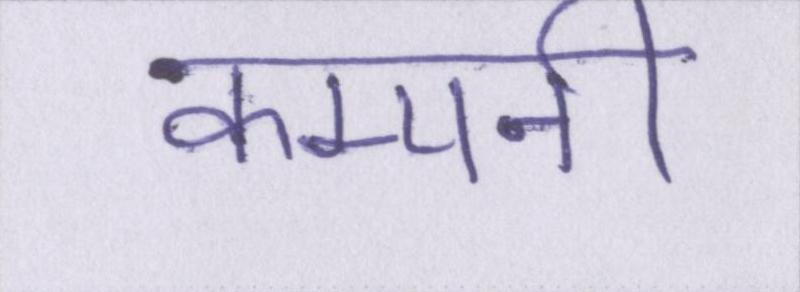
कम्पनी